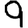
Digit: 9